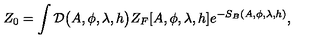
Z _ { 0 } = \int { \cal { D } } \big ( A , \phi , \lambda , h \big ) Z _ { F } [ A , \phi , \lambda , h ] e ^ { - S _ { B } ( A , \phi , \lambda , h ) } ,